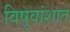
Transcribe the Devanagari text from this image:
विषुवांशात